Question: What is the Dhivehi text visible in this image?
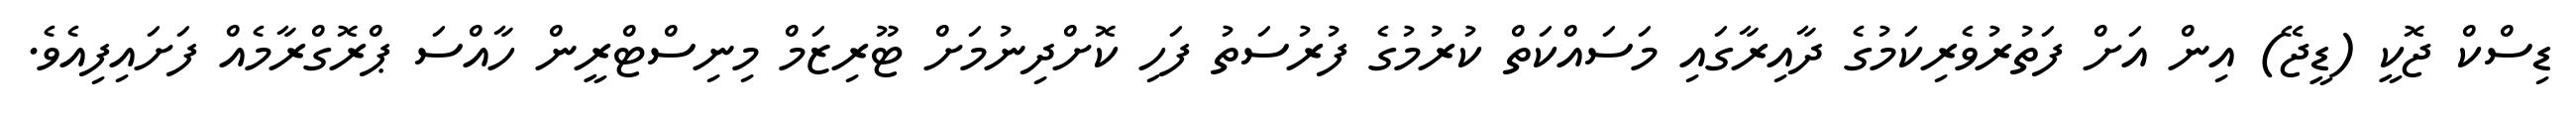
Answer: ޑިސްކް ޖޮކީ (ޑީޖޭ) އިން އަށް ފަތުރުވެރިކަމުގެ ދާއިރާގައި މަސައްކަތް ކުރުމުގެ ފުރުސަތު ފަހި ކޮށްދިނުމަށް ޓޫރިޒަމް މިނިސްޓްރީން ހާއްސަ ޕްރޮގްރާމެއް ފަށައިފިއެވެ.